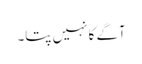
آگے کا نہیں پتا۔